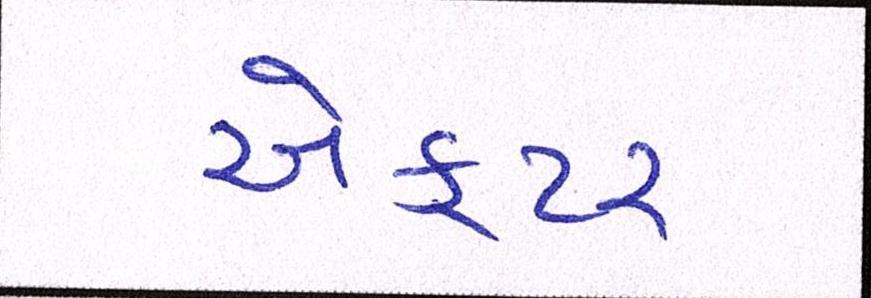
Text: ઍક્ટર